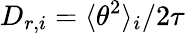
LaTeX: D_{r,i}=\langle\theta^{2}\rangle_{i}/2\tau